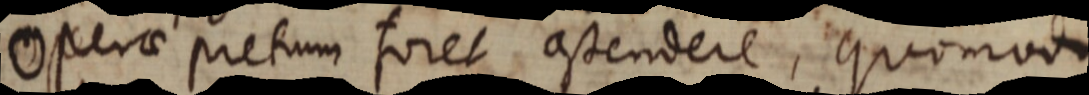
Operae pretum foret constendere, quomodo